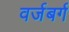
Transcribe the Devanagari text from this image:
वर्जबर्ग